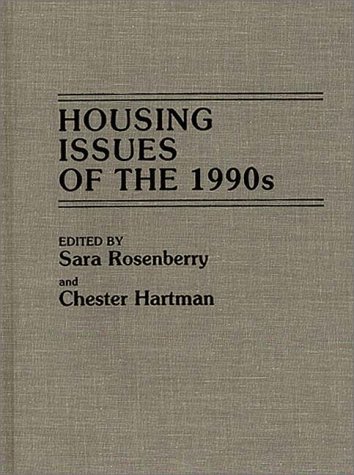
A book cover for Housing Issues of the 1990s; Chester Hartman; Law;